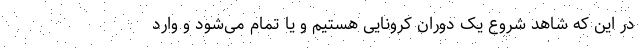
در این که شاهد شروع یک دوران کرونایی هستیم و یا تمام می‌شود و وارد